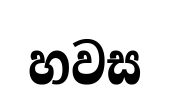
හවස